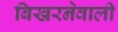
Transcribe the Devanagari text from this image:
बिखरनेवाली